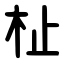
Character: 杫